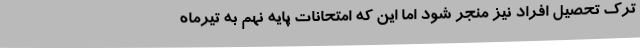
ترک تحصیل افراد نیز منجر شود اما این که امتحانات پایه نهم به تیرماه